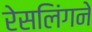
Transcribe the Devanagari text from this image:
रेसलिंगने